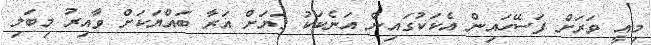
މިއީ ވަރަށް ފަސޭހައިން އެކަކުގައިން އަނެކަކު ގަޔަށް އަރާ ބައްޔަކަށް ވާއިރު މިބަލި